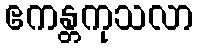
ဧကန္တကုသလာ